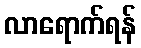
လာရောက်ရန်